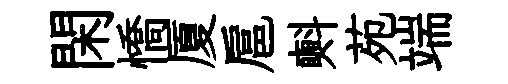
閑憍厦扈㪺苑端